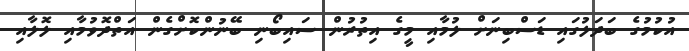
އުކުމުގެ ބަދަލުގައި ޑަސްބިނަށް ލުމާއި މީގެ އިތުރުން ސައިބޯނި ބޭނުންކޮށްގެން އަތްދޮވުމާއި ލޮލާއި